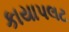
કાયાપલટ